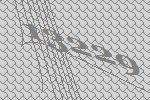
13229